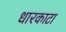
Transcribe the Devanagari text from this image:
धारकाटा